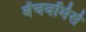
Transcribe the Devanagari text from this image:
बेंचवॉर्मर्स